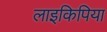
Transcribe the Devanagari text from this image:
लाइकिपिया